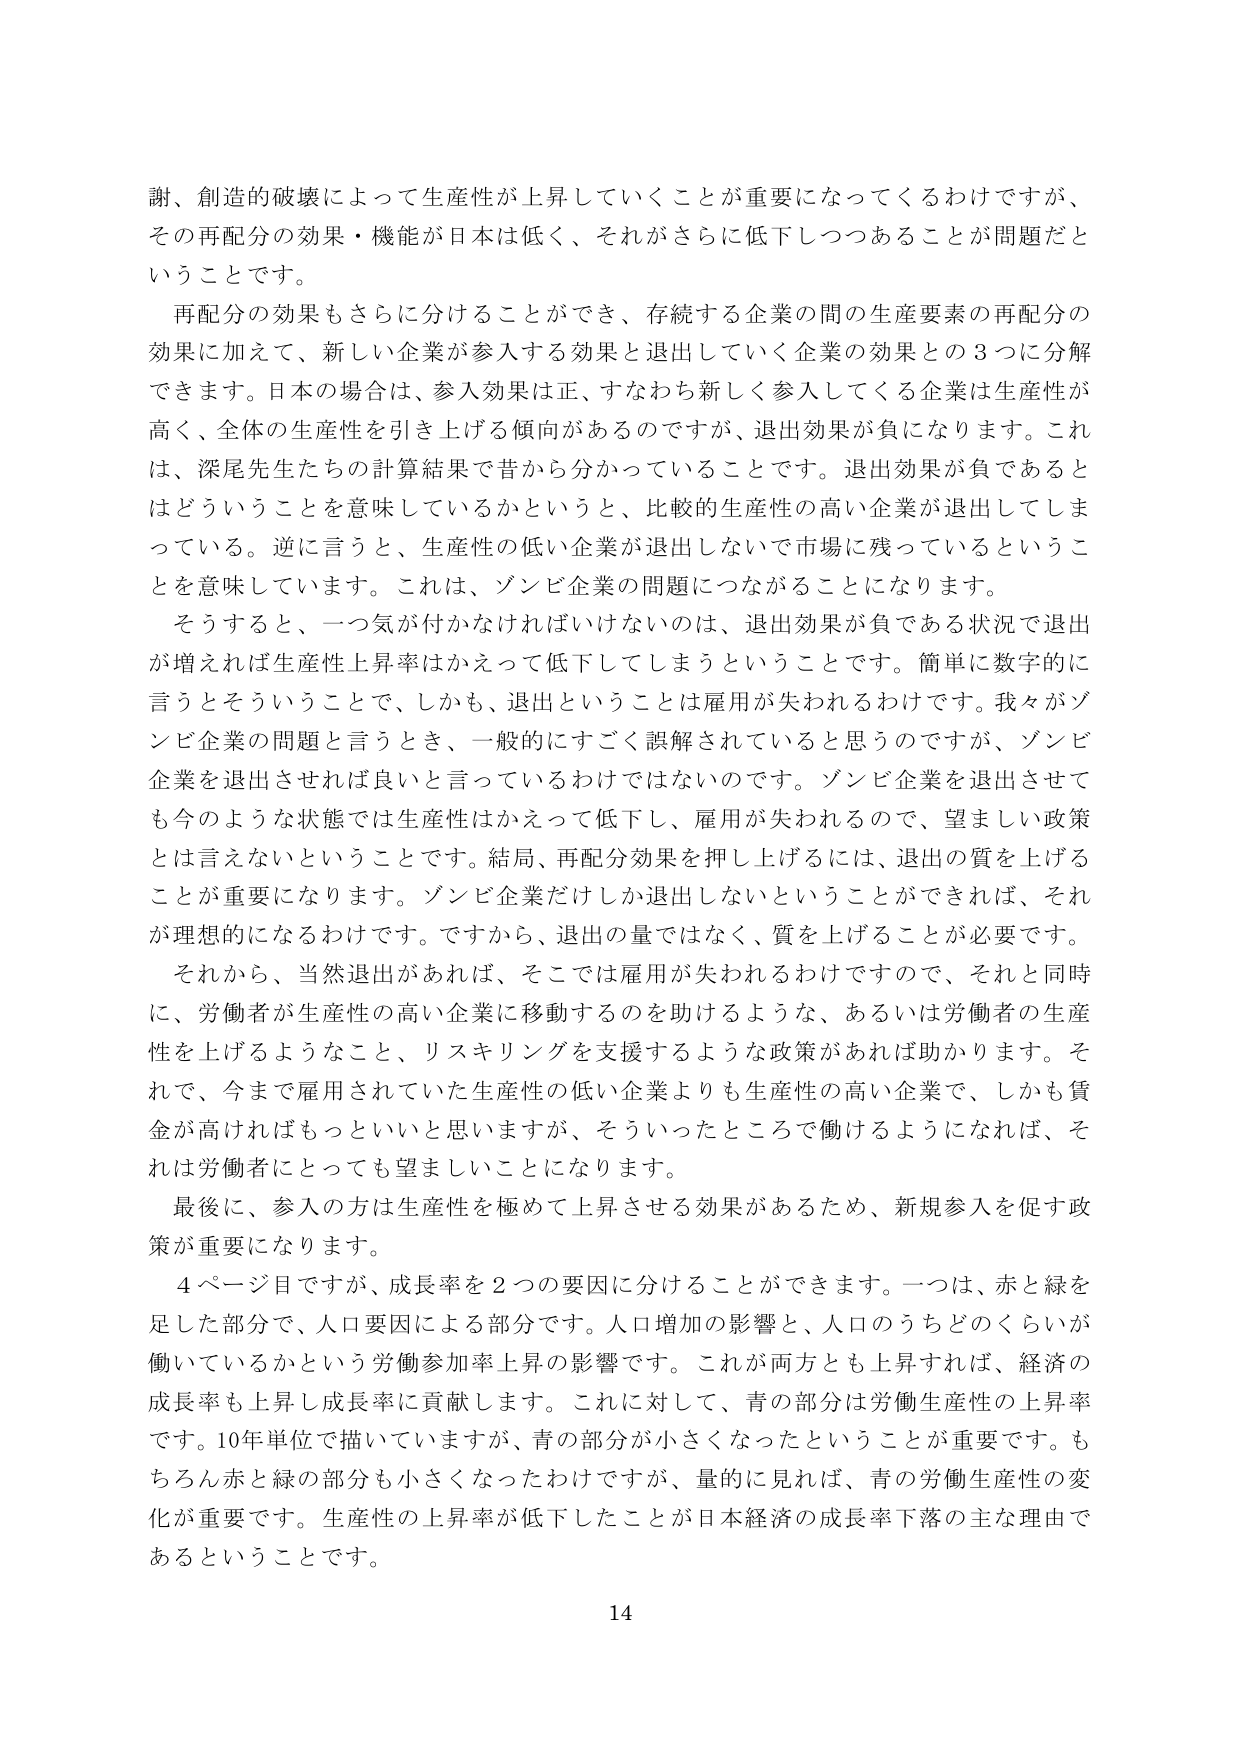
謝、創造的破壊によって生産性が上昇していくことが重要になってくるわけですが、
その再配分の効果・機能が日本は低く、それがさらに低下しつつあることが問題だということです。

再配分の効果もさらに分けることができ、存続する企業の間の生産要素の再配分の効果に加えて、新しい企業が参入する効果と退出していく企業の効果との3つに分解できます。日本の場合は、参入効果は正、すなわち新しく参入してくる企業は生産性が高く、全体の生産性を引き上げる傾向があるのですが、退出効果が負になります。これは、深尾先生たちの計算結果で昔から分かっていることです。退出効果が負であるとはどういうことを意味しているかというと、比較的生産性の高い企業が退出してしまっている。逆に言うと、生産性の低い企業が退出しないで市場に残っているということを意味しています。これは、ゾンビ企業の問題につながることになります。

そうすると、一つ気が付かなければならないのは、退出効果が負である状況で退出が増えれば生産性上昇率はかえって低下してしまうということです。簡単に数字的に言うとそういうことで、しかも、退出ということは雇用が失われるわけです。我々がゾンビ企業の問題と言うとき、一般的にすごく誤解されていると思うのですが、ゾンビ企業を退出させれば良いと言っているわけではないのです。ゾンビ企業を退出させても今のような状態では生産性はかえって低下し、雇用が失われるので、望ましい政策とは言えないということです。結局、再配分効果を押し上げるには、退出の質を上げることが重要になります。ゾンビ企業だけしか退出しないということができれば、それが理想的になるわけです。ですから、退出の量ではなく、質を上げることが必要です。

それから、当然退出があれば、そこでは雇用が失われるわけですので、それと同時に、労働者が生産性の高い企業に移動するのを助けるような、あるいは労働者の生産性を上げるようなこと、リスクシリングを支援するような政策があれば助かります。それで、今まで雇用されていた生産性の低い企業よりも生産性の高い企業で、しかも賃金が高ければもっといいと思いますが、そういったところで働けるようになれば、それは労働者にとっても望ましいことになります。

最後に、参入の方は生産性を極めて上昇させる効果があるため、新規参入を促す政策が重要になります。

4ページ目ですが、成長率を2つの要因に分けることができます。一つは、赤と緑を足した部分で、人口要因による部分です。人口増加の影響と、人口のうちどのくらいが働いているかという労働参加率上昇の影響です。これが両方とも上昇すれば、経済の成長率も上昇し成長率に貢献します。これに対して、青の部分は労働生産性の上昇率です。10年単位で描いていますが、青の部分が小さくなったということが重要です。もちろん赤と緑の部分も小さくなったわけですが、量的に見れば、青の労働生産性の変化が重要です。生産性の上昇率が低下したことが日本経済の成長率下落の主な理由であるということです。

14